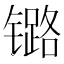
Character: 𲈝